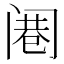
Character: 𲉁